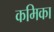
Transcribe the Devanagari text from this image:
कमिका